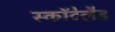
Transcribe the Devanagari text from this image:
स्कॉटेलैड